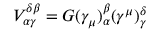
V _ { \alpha \gamma } ^ { \delta \beta } = G ( \gamma _ { \mu } ) _ { \alpha } ^ { \beta } ( \gamma ^ { \mu } ) _ { \gamma } ^ { \delta }